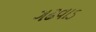
ગઢવાડ